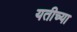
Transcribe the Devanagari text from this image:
यतीच्या